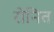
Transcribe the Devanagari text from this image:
रोनित